Leaving Certificate Examination, 1920
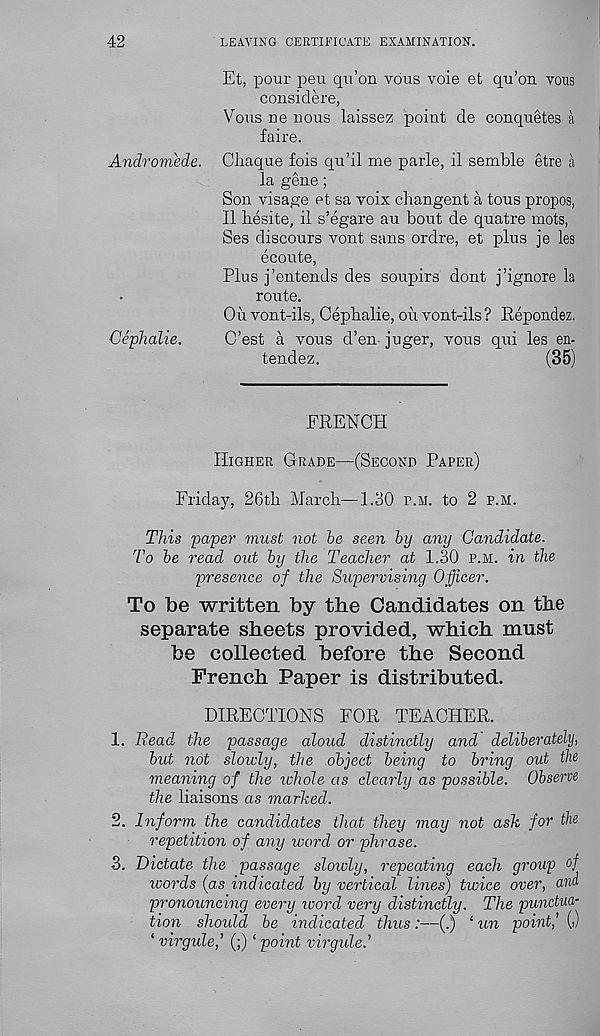
42
LEAVING CERTIFICATE EXAMINATION.
Et, pour peu qu’on vdus voie et qu’on vous
considere,
Vous ne nous laissez point de conquetes a
faire.
Andromede. Chaque fois qu’il me parle, il semble etre a
la gene;
Son visage et sa voix changent a tous propos,
II liesite, il s’egare au bout de quatre mots,
Ses discours vont sans ordre, et plus je les
ecoute,
Plus j’entends des soupirs dont j’ignore la
route.
On vont-ils, Cepbalie, ou vont-ils ? Repondez.
Cephalie.
C’est a vous d’en juger, vous qui les en-
tendez.
(35)
FRENCH
Higher Grade—(Second Paper)
Friday, 26tb March—1.30 p.m. to 2 p.h.
This paper must not be seen by any Candidate.
To be read out by the Teacher at 1.30 p.m. in the
presence of the Supervising Officer.
To be written by the Candidates on the
separate sheets provided, which must
be collected before the Second
French Paper is distributed.
DIRECTIONS FOR TEACHER.
1. Bead the passage aloud distinctly and deliberately,
but not slowly, the object being to bring out the
meaning of the whole as clearly as possible. Observe
the liaisons as marked.
2. Inform the candidates that they may not ask for the
repetition of any word or phrase.
3. Dictate the passage slowly, repeating each group °f
icords (as indicated by vertical lines) twice over, ana
pronouncing every word very distinctly. The punctua-
tion should be indicated thus:—(.) ‘ un point,’ (>)
‘ virgule,’ (;) ‘ point virgule.’